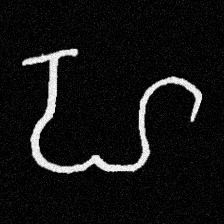
Pyu character \u2014 Myanmar letter: ဟ (romanized: ha)